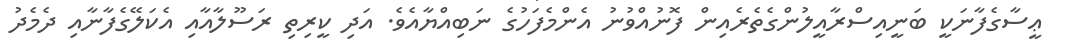
ޢީސާގެފާނަކީ ބަނީއިސްރާއީލުންގެތެރެއިން ފޮނުއްވުނު އެންމެފަހުގެ ނަބިއްޔާއެވެ. އަދި ކީރިތި ރަސޫލާއާއި އެކަލޭގެފާނާއި ދެމެދު